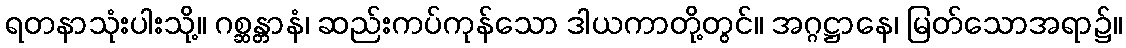
ရတနာသုံးပါးသို့။ ဂစ္ဆန္တာနံ၊ ဆည်းကပ်ကုန်သော ဒါယကာတို့တွင်။ အဂ္ဂဋ္ဌာနေ၊ မြတ်သောအရာ၌။